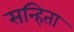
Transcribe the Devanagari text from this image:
सन्हिता